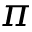
\pi